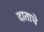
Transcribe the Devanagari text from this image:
दाताचे